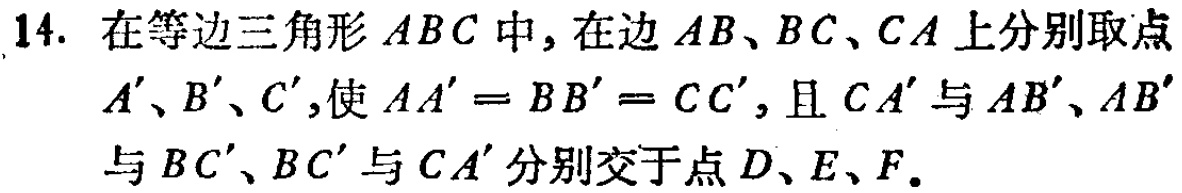
14. 在等边三角形 \(ABC\) 中，在边 \(AB、BC、CA\) 上分别取点 \(A'\)、\(B'\)、\(C'\)，使 \(AA' = BB' = CC'\)，且 \(CA'\) 与 \(AB'\)、\(AB'\) 与 \(BC'\)、\(BC'\) 与 \(CA'\) 分别交于点 \(D、E、F\)。